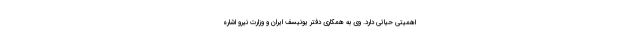
اهمیتی حیاتی دارد. وی به همکاری دفتر یونیسف ایران و وزارت نیرو اشاره